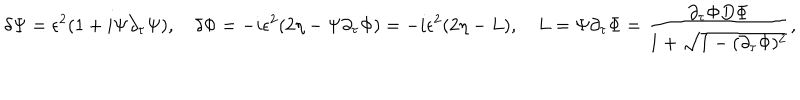
\delta \Psi = \epsilon ^ { 2 } ( 1 + i \Psi \partial _ { \tau } \Psi ) , \quad \delta \Phi = - i \epsilon ^ { 2 } ( 2 \eta - \Psi \partial _ { \tau } \Phi ) = - i \epsilon ^ { 2 } ( 2 \eta - L ) , \quad L = \Psi \partial _ { \tau } \Phi = { \frac { \partial _ { \tau } \Phi D \Phi } { 1 + \sqrt { 1 - ( \partial _ { \tau } \Phi ) ^ { 2 } } } } ,